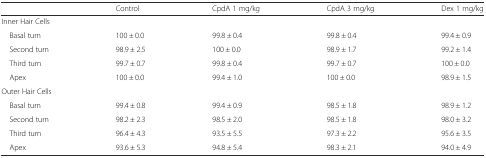
|  | Control | CpdA 1 mg/kg | CpdA 3 mg/kg | Dex 1 mg/kg |
 | --- | --- | --- | --- | --- |
 | <COLSPAN=5> Inner Hair Cells |
 | Basal turn | 100 ± 0.0 | 99.8 ± 0.4 | 99.8 ± 0.4 | 99.4 ± 0.9 |
 | Second turn | 98.9 ± 2.5 | 100 ± 0.0 | 98.9 ± 1.7 | 99.2 ± 1.4 |
 | Third turn | 99.7 ± 0.7 | 99.8 ± 0.4 | 99.7 ± 0.7 | 100 ± 0.0 |
 | Apex | 100 ± 0.0 | 99.4 ± 1.0 | 100 ± 0.0 | 98.9 ± 1.5 |
 | <COLSPAN=5> Outer Hair Cells |
 | Basal turn | 99.4 ± 0.8 | 99.4 ± 0.9 | 98.5 ± 1.8 | 98.9 ± 1.2 |
 | Second turn | 98.2 ± 2.3 | 98.5 ± 2.0 | 98.5 ± 1.8 | 98.0 ± 3.2 |
 | Third turn | 96.4 ± 4.3 | 93.5 ± 5.5 | 97.3 ± 2.2 | 95.6 ± 3.5 |
 | Apex | 93.6 ± 5.3 | 94.8 ± 5.4 | 98.3 ± 2.1 | 94.0 ± 4.9 |